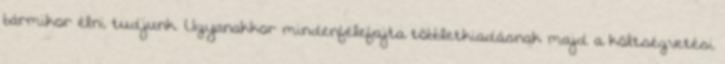
bármikor élni tudjunk. Ugyanakkor mindenfélefajta többletkiadásnak majd a költségvetési